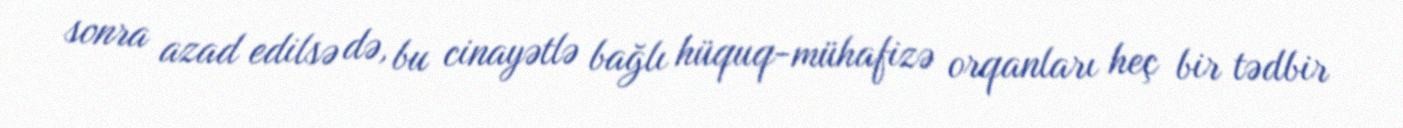
sonra azad edilsə də, bu cinayətlə bağlı hüquq-mühafizə orqanları heç bir tədbir